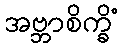
အဗ္ဘာစိက္ခိံ